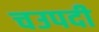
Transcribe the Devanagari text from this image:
चउपदी